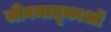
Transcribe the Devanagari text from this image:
जीवमातृकाओं